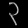
Digit: ၃